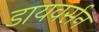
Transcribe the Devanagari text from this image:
डायवर्सन